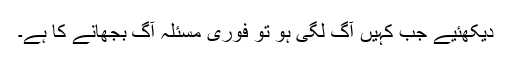
دیکھئیے جب کہیں آگ لگی ہو تو فوری مسئلہ آگ بجھانے کا ہے۔